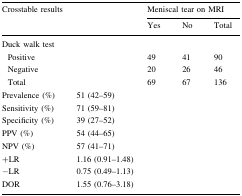
<table><thead><tr><td rowspan="2"><b>Crosstable results</b></td><td rowspan="2"></td><td colspan="3"><b>Meniscal tear on MRI</b></td></tr><tr><td><b>Yes</b></td><td><b>No</b></td><td><b>Total</b></td></tr></thead><tbody><tr><td colspan="5">Duck walk test</td></tr><tr><td> Positive</td><td></td><td>49</td><td>41</td><td>90</td></tr><tr><td> Negative</td><td></td><td>20</td><td>26</td><td>46</td></tr><tr><td> Total</td><td></td><td>69</td><td>67</td><td>136</td></tr><tr><td>Prevalence (%)</td><td>51 (42–59)</td><td></td><td></td><td></td></tr><tr><td>Sensitivity (%)</td><td>71 (59–81)</td><td></td><td></td><td></td></tr><tr><td>Specificity (%)</td><td>39 (27–52)</td><td></td><td></td><td></td></tr><tr><td>PPV (%)</td><td>54 (44–65)</td><td></td><td></td><td></td></tr><tr><td>NPV (%)</td><td>57 (41–71)</td><td></td><td></td><td></td></tr><tr><td>+LR</td><td>1.16 (0.91–1.48)</td><td></td><td></td><td></td></tr><tr><td>−LR</td><td>0.75 (0.49–1.13)</td><td></td><td></td><td></td></tr><tr><td>DOR</td><td>1.55 (0.76–3.18)</td><td></td><td></td><td></td></tr></tbody></table>